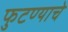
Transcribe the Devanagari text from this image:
फुटण्याचे